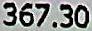
367.30